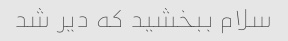
سلام ببخشید که دیر شد